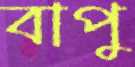
বাপু